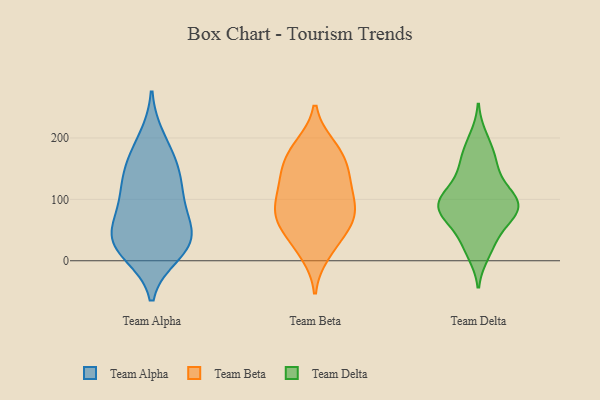
{"axis": {"x": "Active Users", "y": "Value"}, "legend": ["Team Alpha", "Team Beta", "Team Delta"], "data": [{"x": "", "y": 69, "type": "Team Alpha"}, {"x": "", "y": 122, "type": "Team Alpha"}, {"x": "", "y": 35, "type": "Team Alpha"}, {"x": "", "y": 86, "type": "Team Alpha"}, {"x": "", "y": 44, "type": "Team Alpha"}, {"x": "", "y": 199, "type": "Team Alpha"}, {"x": "", "y": 28, "type": "Team Alpha"}, {"x": "", "y": 101, "type": "Team Alpha"}, {"x": "", "y": 149, "type": "Team Alpha"}, {"x": "", "y": 171, "type": "Team Alpha"}, {"x": "", "y": 34, "type": "Team Alpha"}, {"x": "", "y": 139, "type": "Team Alpha"}, {"x": "", "y": 20, "type": "Team Alpha"}, {"x": "", "y": 12, "type": "Team Alpha"}, {"x": "", "y": 107, "type": "Team Beta"}, {"x": "", "y": 185, "type": "Team Beta"}, {"x": "", "y": 101, "type": "Team Beta"}, {"x": "", "y": 187, "type": "Team Beta"}, {"x": "", "y": 76, "type": "Team Beta"}, {"x": "", "y": 152, "type": "Team Beta"}, {"x": "", "y": 74, "type": "Team Beta"}, {"x": "", "y": 174, "type": "Team Beta"}, {"x": "", "y": 24, "type": "Team Beta"}, {"x": "", "y": 87, "type": "Team Beta"}, {"x": "", "y": 137, "type": "Team Beta"}, {"x": "", "y": 148, "type": "Team Beta"}, {"x": "", "y": 51, "type": "Team Beta"}, {"x": "", "y": 69, "type": "Team Beta"}, {"x": "", "y": 56, "type": "Team Beta"}, {"x": "", "y": 126, "type": "Team Beta"}, {"x": "", "y": 12, "type": "Team Beta"}, {"x": "", "y": 79, "type": "Team Delta"}, {"x": "", "y": 181, "type": "Team Delta"}, {"x": "", "y": 96, "type": "Team Delta"}, {"x": "", "y": 75, "type": "Team Delta"}, {"x": "", "y": 154, "type": "Team Delta"}, {"x": "", "y": 23, "type": "Team Delta"}, {"x": "", "y": 105, "type": "Team Delta"}, {"x": "", "y": 86, "type": "Team Delta"}, {"x": "", "y": 34, "type": "Team Delta"}, {"x": "", "y": 12, "type": "Team Delta"}, {"x": "", "y": 200, "type": "Team Delta"}, {"x": "", "y": 106, "type": "Team Delta"}, {"x": "", "y": 68, "type": "Team Delta"}, {"x": "", "y": 143, "type": "Team Delta"}, {"x": "", "y": 105, "type": "Team Delta"}, {"x": "", "y": 106, "type": "Team Delta"}, {"x": "", "y": 84, "type": "Team Delta"}, {"x": "", "y": 162, "type": "Team Delta"}, {"x": "", "y": 68, "type": "Team Delta"}]}